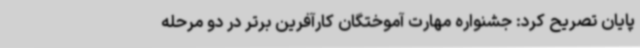
پایان تصریح کرد: جشنواره مهارت آموختگان کارآفرین برتر در دو مرحله